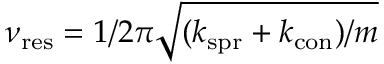
\nu _ { \mathrm { r e s } } = 1 / 2 \pi \sqrt { ( k _ { \mathrm { s p r } } + k _ { \mathrm { c o n } } ) / m }